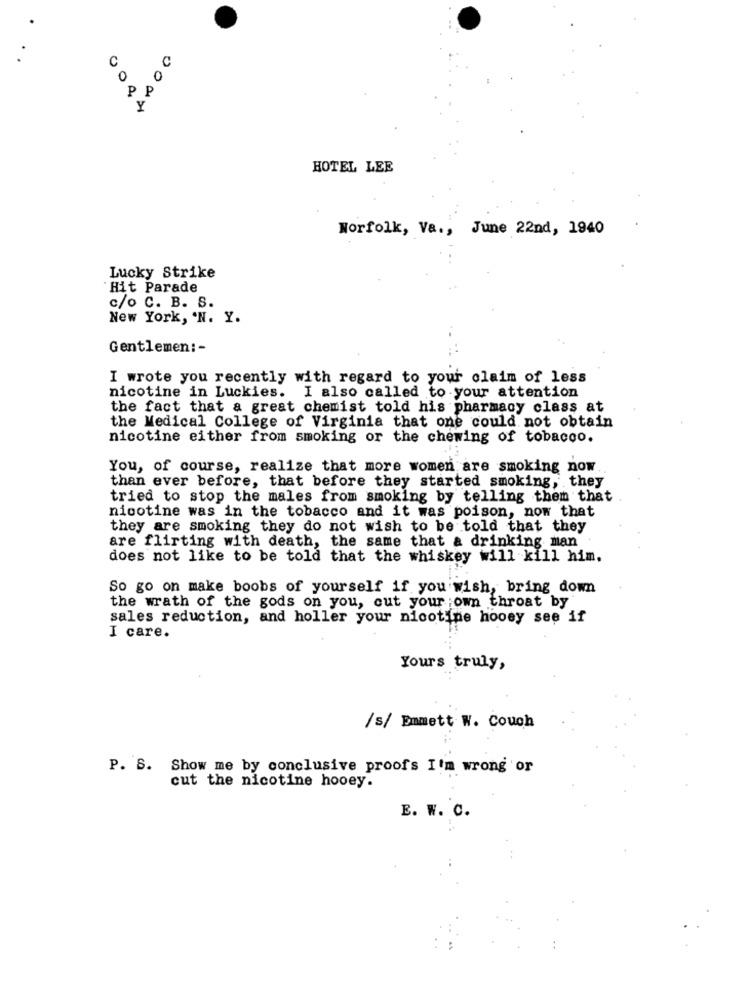
00
C
0
P
HOTEL LEE
Norfolk, Va ., June 22nd, 1940
Lucky Strike
Hit Parade
c/o C. B. S.
New York, N. Y.
Gentlemen :-
I wrote you recently with regard to your claim of less
nicotine in Luckies. I also called to your attention
the fact that a great chemist told his pharmacy class at
the Medical College of Virginia that one could not obtain
nicotine either from smoking or the chewing of tobacco.
You, of course, realize that more women are smoking now
than ever before, that before they started smoking, they
tried to stop the males from smoking by telling them that
nicotine was in the tobacco and it was poison, now that
they are smoking they do not wish to be told that they
are flirting with death, the same that a drinking man
does not like to be told that the whiskey will kill him.
So go on make boobs of yourself if you wish, bring down
the wrath of the gods on you, cut your own throat by
sales reduction, and holler your nicotine hooey see if
I care.
Yours truly,
/s/ Emmett W. Couch
P. S. Show me by conclusive proofs I'm wrong or
cut the nicotine hooey.
E. W. C.